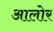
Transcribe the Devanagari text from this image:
आलोर